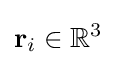
\mathbf {r} _{i}\in \mathbb {R} ^{3}